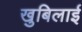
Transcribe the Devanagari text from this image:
खुबिलाई